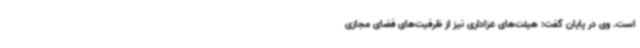
است. وی در پایان گفت: هیئت‌های عزاداری نیز از ظرفیت‌های فضای مجازی